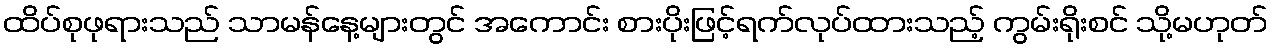
ထိပ်စုဖုရားသည် သာမန်နေ့များတွင် အကောင်း စားပိုးဖြင့်ရက်လုပ်ထားသည့် ကွမ်းရိုးစင် သို့မဟုတ်